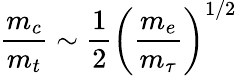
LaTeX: {\frac{m_{c}}{m_{t}}}\sim{\frac{1}{2}}\left({\frac{m_{e}}{m_{\tau}}}\right)^{1/2}